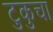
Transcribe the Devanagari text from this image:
टुकुचा